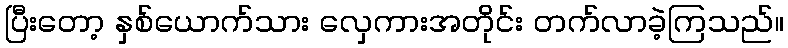
ပြီးတော့ နှစ်ယောက်သား လှေကားအတိုင်း တက်လာခဲ့ကြသည်။